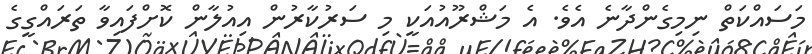
މަސައްކަތް ނިމިގެންދާނެ އެވެ. އެ މަޝްރޫއުއަކީ މި ސަރުކާރުން އިއުލާން ކޮށްފައިވާ ތަރައްގީގެ